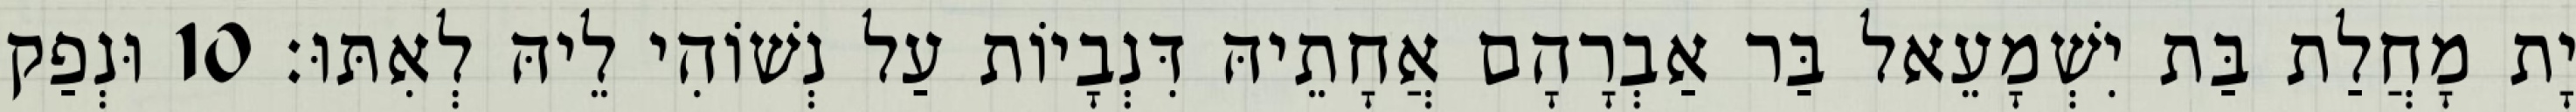
יָת מָחֲלַת בַּת יִשְׁמָעֵאל בַּר אַבְרָהָם אֲחָתֵיהּ דִּנְבָיוֹת עַל נְשׁוֹהִי לֵיהּ לְאִתּוּ׃ 10 וּנְפַק